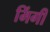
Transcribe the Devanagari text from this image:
मिंगी